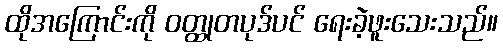
ထိုအကြောင်းကို ဝတ္ထုတပုဒ်ပင် ရေးခဲ့ဖူးသေးသည်။